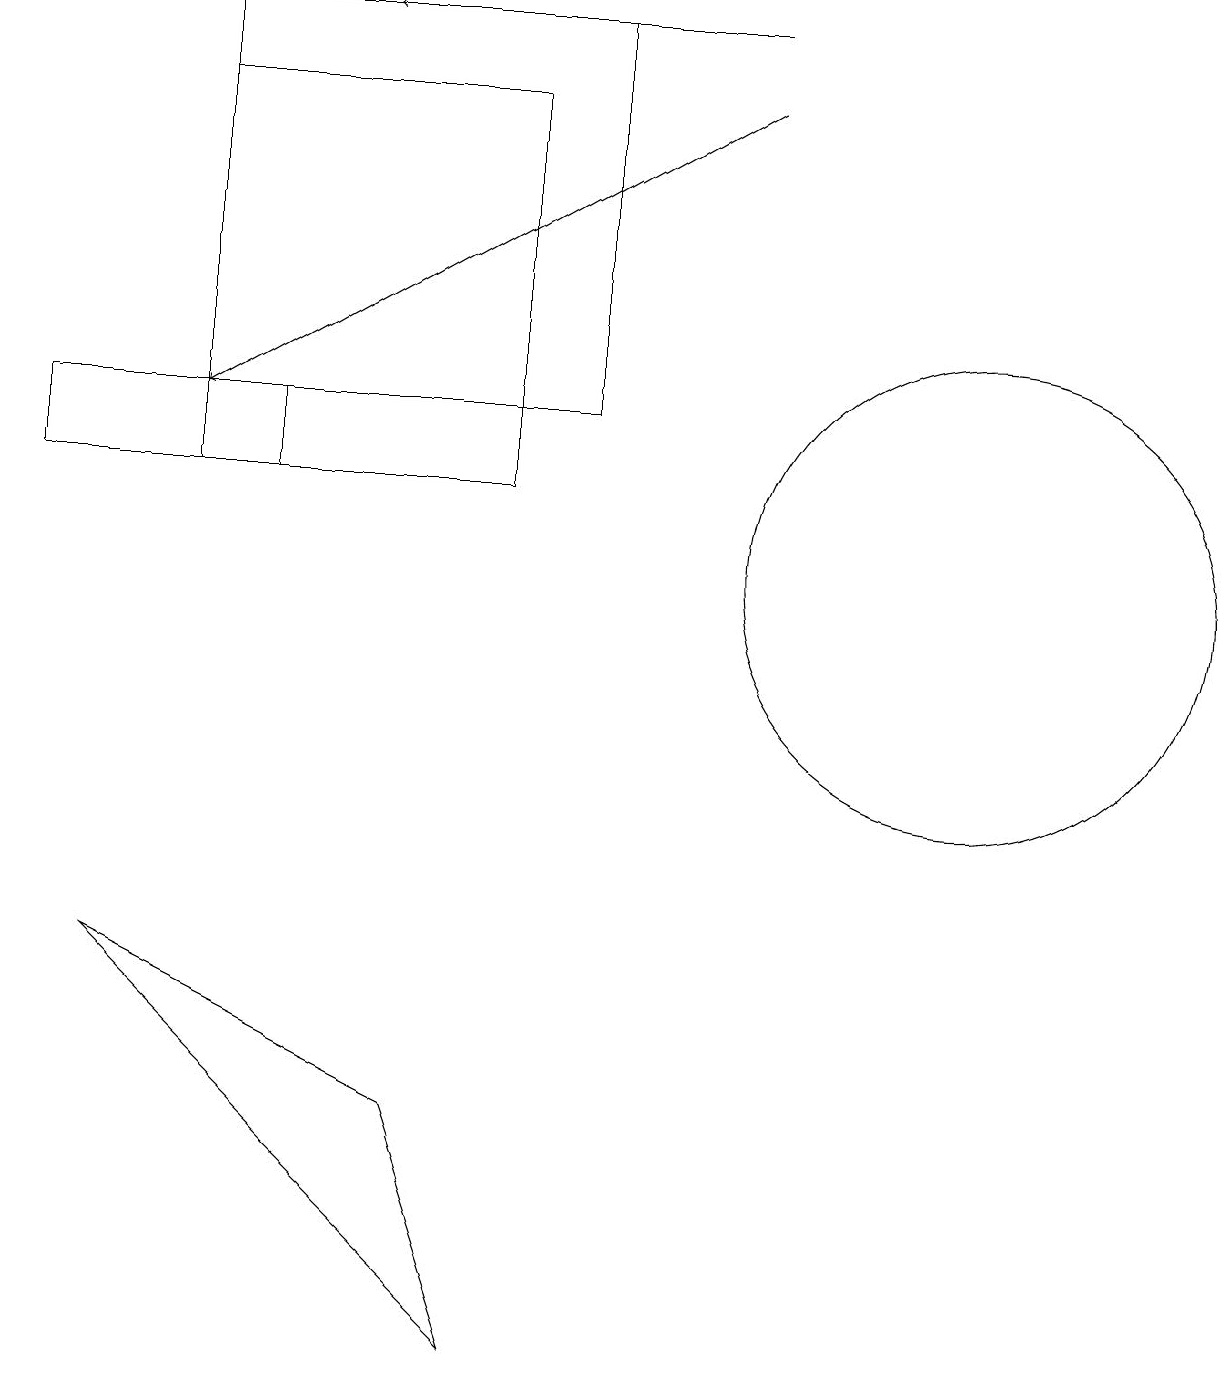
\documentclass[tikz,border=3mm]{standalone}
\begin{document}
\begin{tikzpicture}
\draw (3,12) rectangle (0,11);
\draw (6,0) -- (1,5) -- (5,3) -- cycle;
\draw[->] (9,17) -- (4,17);
\draw (12,10) circle (3);
\draw (6,16) rectangle (2,11);
\draw[->] (9,16) -- (2,12);
\draw (2,17) rectangle (7,12);
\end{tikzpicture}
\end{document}